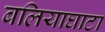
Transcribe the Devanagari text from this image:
बलियाघाटा